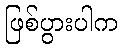
ဖြစ်ပွားပါက